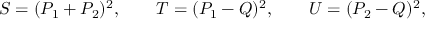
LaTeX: S = ( P _ { 1 } + P _ { 2 } ) ^ { 2 } , \qquad T = ( P _ { 1 } - Q ) ^ { 2 } , \qquad U = ( P _ { 2 } - Q ) ^ { 2 } ,